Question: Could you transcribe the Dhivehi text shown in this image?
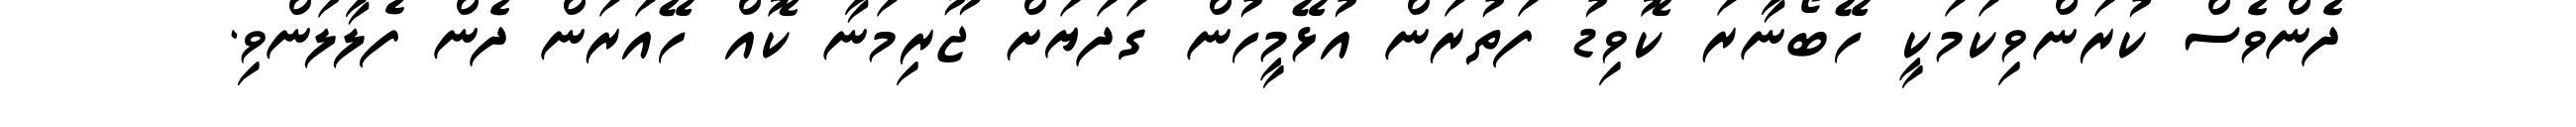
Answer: ދެންވެސް ކުރަންވިކަމަކީ ހޭބޯނާރަ ކޮވިޑު ފަތުރަން އުޅޭމީހުން ގަދަޔަށް ޖޫރިމަނާ ކޮއް ހޭއަރަން ދެން ފެލާލަންވި.